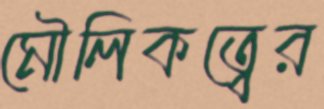
মৌলিকত্বের